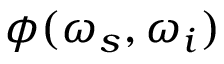
\phi ( \omega _ { s } , \omega _ { i } )